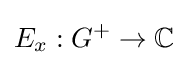
E_{x}:G^{+}\to \mathbb {C}